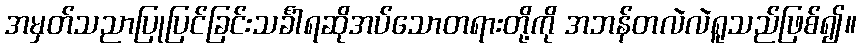
အမှတ်သညာပြုပြင်ခြင်းသင်္ခါရဆိုအပ်သောတရားတို့ကို အဘန်တလဲလဲရူသည်ဖြစ်၍။